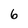
Character: 6